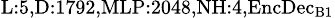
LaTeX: _{\textrm{L}:5,\textrm{D}:1792,\textrm{MLP}:2048,\textrm{NH}:4,\textrm{EncDec}_{\textrm{B}1}}